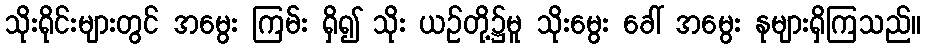
သိုးရိုင်းများတွင် အမွေး ကြမ်း ရှိ၍ သိုး ယဉ်တို့၌မူ သိုးမွေး ခေါ် အမွေး နုများရှိကြသည်။